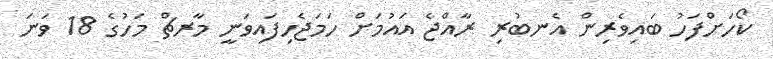
ކޯހަށްފަހު ބައިވެރިން އެނބުރި ރާއްޖެ އައުމަށް ހަމަޖެހިފައިވަނީ މާރޗް މަހުގެ 18 ވަނަ